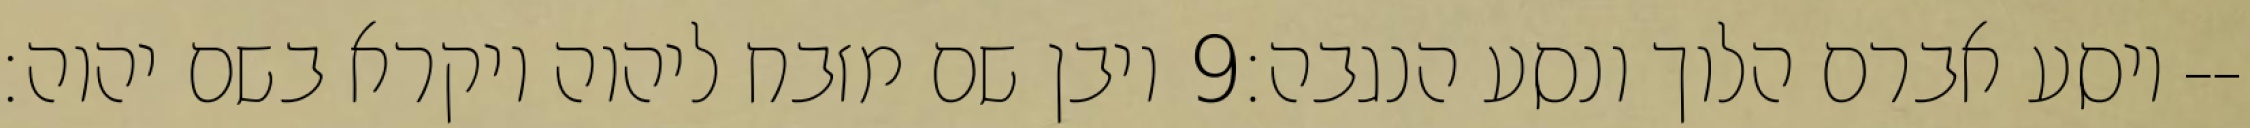
ויבן שם מזבח ליהוה ויקרא בשם יהוה׃ ‎9‏ ויסע אברם הלוך ונסע הנגבה׃--